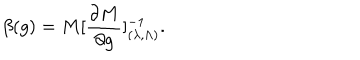
\beta ( g ) = M [ { \frac { \partial M } { \partial g } } ] _ { ( \lambda , \Lambda ) } ^ { - 1 } .